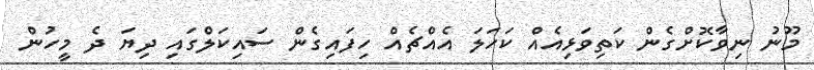
މޫނު ނިވާކޮށްގެން ކަތިވަޅިއެއް ކަހަލަ އެއްޗެއް ހިފައިގެން ސައިކަލްގައި ދިޔަ ދެ މީހުން